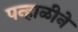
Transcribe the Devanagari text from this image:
पन्हाळीने